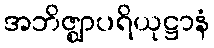
အဘိဇ္ဈာပရိယုဋ္ဌာနံ